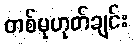
တစ်မုဟုတ်ချင်း